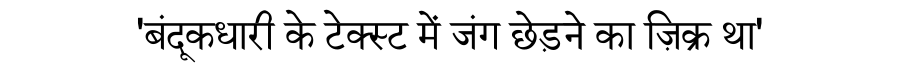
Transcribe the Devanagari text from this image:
'बंदूकधारी के टेक्स्ट में जंग छेड़ने का ज़िक्र था'